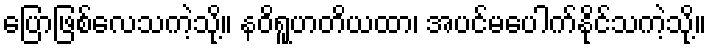
ပြောဖြစ်လေသကဲ့သို့။ နဝိရူဟတိယထာ၊ အပင်မပေါက်နိုင်သကဲ့သို့။